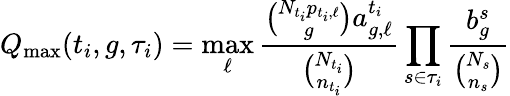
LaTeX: Q_{\operatorname*{max}}(t_{i},g,\tau_{i})=\operatorname*{max}_{\ell}\frac{\binom{N_{t_{i}}p_{t_{i},\ell}}{g}a_{g,\ell}^{t_{i}}}{\binom{N_{t_{i}}}{n_{t_{i}}}}\prod_{s\in\tau_{i}}\frac{b_{g}^{s}}{\binom{N_{s}}{n_{s}}}